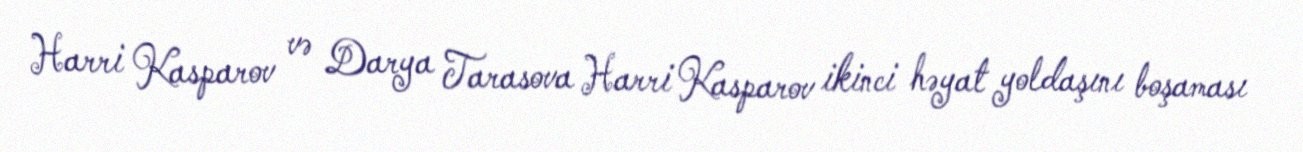
Harri Kasparov və Darya Tarasova Harri Kasparov ikinci həyat yoldaşını boşaması